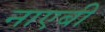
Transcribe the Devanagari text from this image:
नाएबी